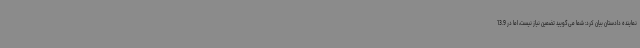
نماینده دادستان بیان کرد: شما می‌گویید تضمین نیاز نیست، اما در 13.9